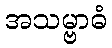
အသမ္ဗာဓံ